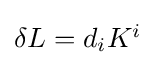
{\textstyle \delta L=d_{i}K^{i}}